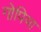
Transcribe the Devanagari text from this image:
गोपिया